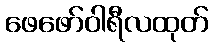
ဖေဖော်ဝါရီလထုတ်